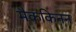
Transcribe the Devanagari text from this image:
मैककिनन